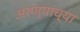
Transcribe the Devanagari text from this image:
अरण्यांच्या